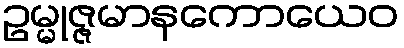
ဥမ္မုဇ္ဇမာနကောယေဝ